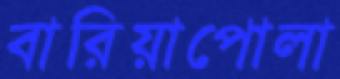
বারিয়াপোলা